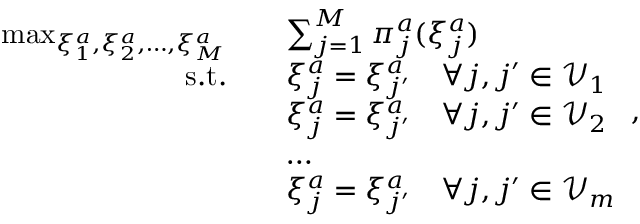
\begin{array} { r l } { \operatorname* { m a x } _ { \xi _ { 1 } ^ { a } , \xi _ { 2 } ^ { a } , \dots , \xi _ { M } ^ { a } } \quad } & { \sum _ { j = 1 } ^ { M } \pi _ { j } ^ { a } ( \xi _ { j } ^ { a } ) } \\ { \mathrm { s . t . } \quad } & { \xi _ { j } ^ { a } = \xi _ { j ^ { \prime } } ^ { a } \quad \forall j , j ^ { \prime } \in \mathcal { V } _ { 1 } } \\ & { \xi _ { j } ^ { a } = \xi _ { j ^ { \prime } } ^ { a } \quad \forall j , j ^ { \prime } \in \mathcal { V } _ { 2 } } \\ & { \dots } \\ & { \xi _ { j } ^ { a } = \xi _ { j ^ { \prime } } ^ { a } \quad \forall j , j ^ { \prime } \in \mathcal { V } _ { m } } \end{array} ,